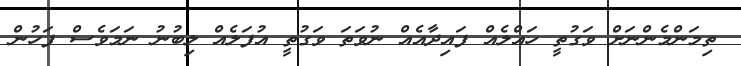
ތިމަންމެންނަށް ވަގުތީ ހައްލެއް ފައިދާއެއް ނުވަތަ ވަގުތީ އުފަލެއް ލިބުނު ނަމަވެސް ފަހުން